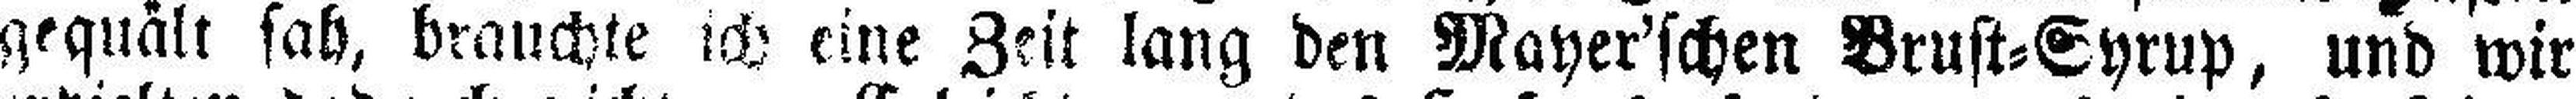
gequält sah, brauchte ich eine Zeit lang den Mayer'schen Brust=Syrup, und wir